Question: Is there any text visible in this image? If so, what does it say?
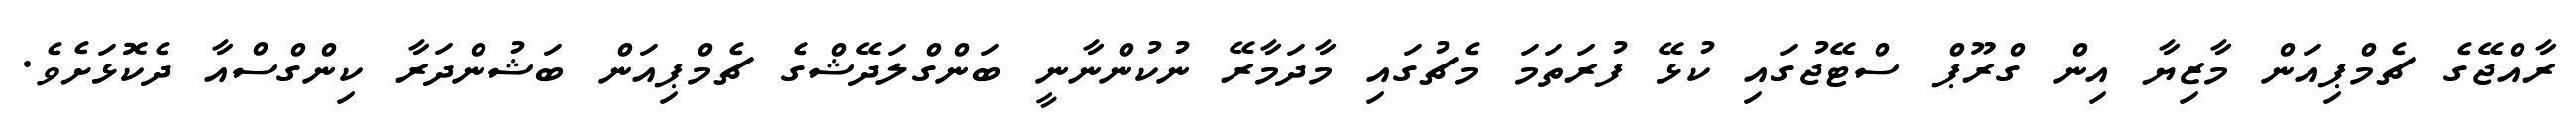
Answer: ރާއްޖޭގެ ޗެމްޕިއަން މާޒިޔާ އިން ގްރޫޕް ސްޓޭޖުގައި ކުޅޭ ފުރަތަމަ މެޗުގައި މާދަމާރޭ ނުކުންނާނީ ބަންގްލަދޭޝްގެ ޗެމްޕިއަން ބަޝުންދަރާ ކިންގްސްއާ ދެކޮޅަށެވެ.